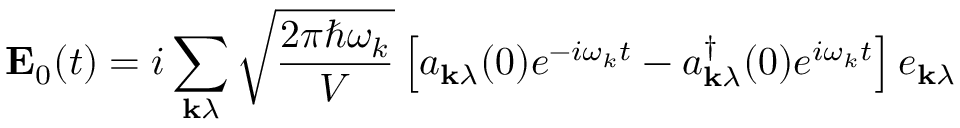
\mathbf { E } _ { 0 } ( t ) = i \sum _ { \mathbf { k } \lambda } { \sqrt { \frac { 2 \pi \hbar \omega _ { k } } { V } } } \left[ a _ { \mathbf { k } \lambda } ( 0 ) e ^ { - i \omega _ { k } t } - a _ { \mathbf { k } \lambda } ^ { \dagger } ( 0 ) e ^ { i \omega _ { k } t } \right] e _ { \mathbf { k } \lambda }